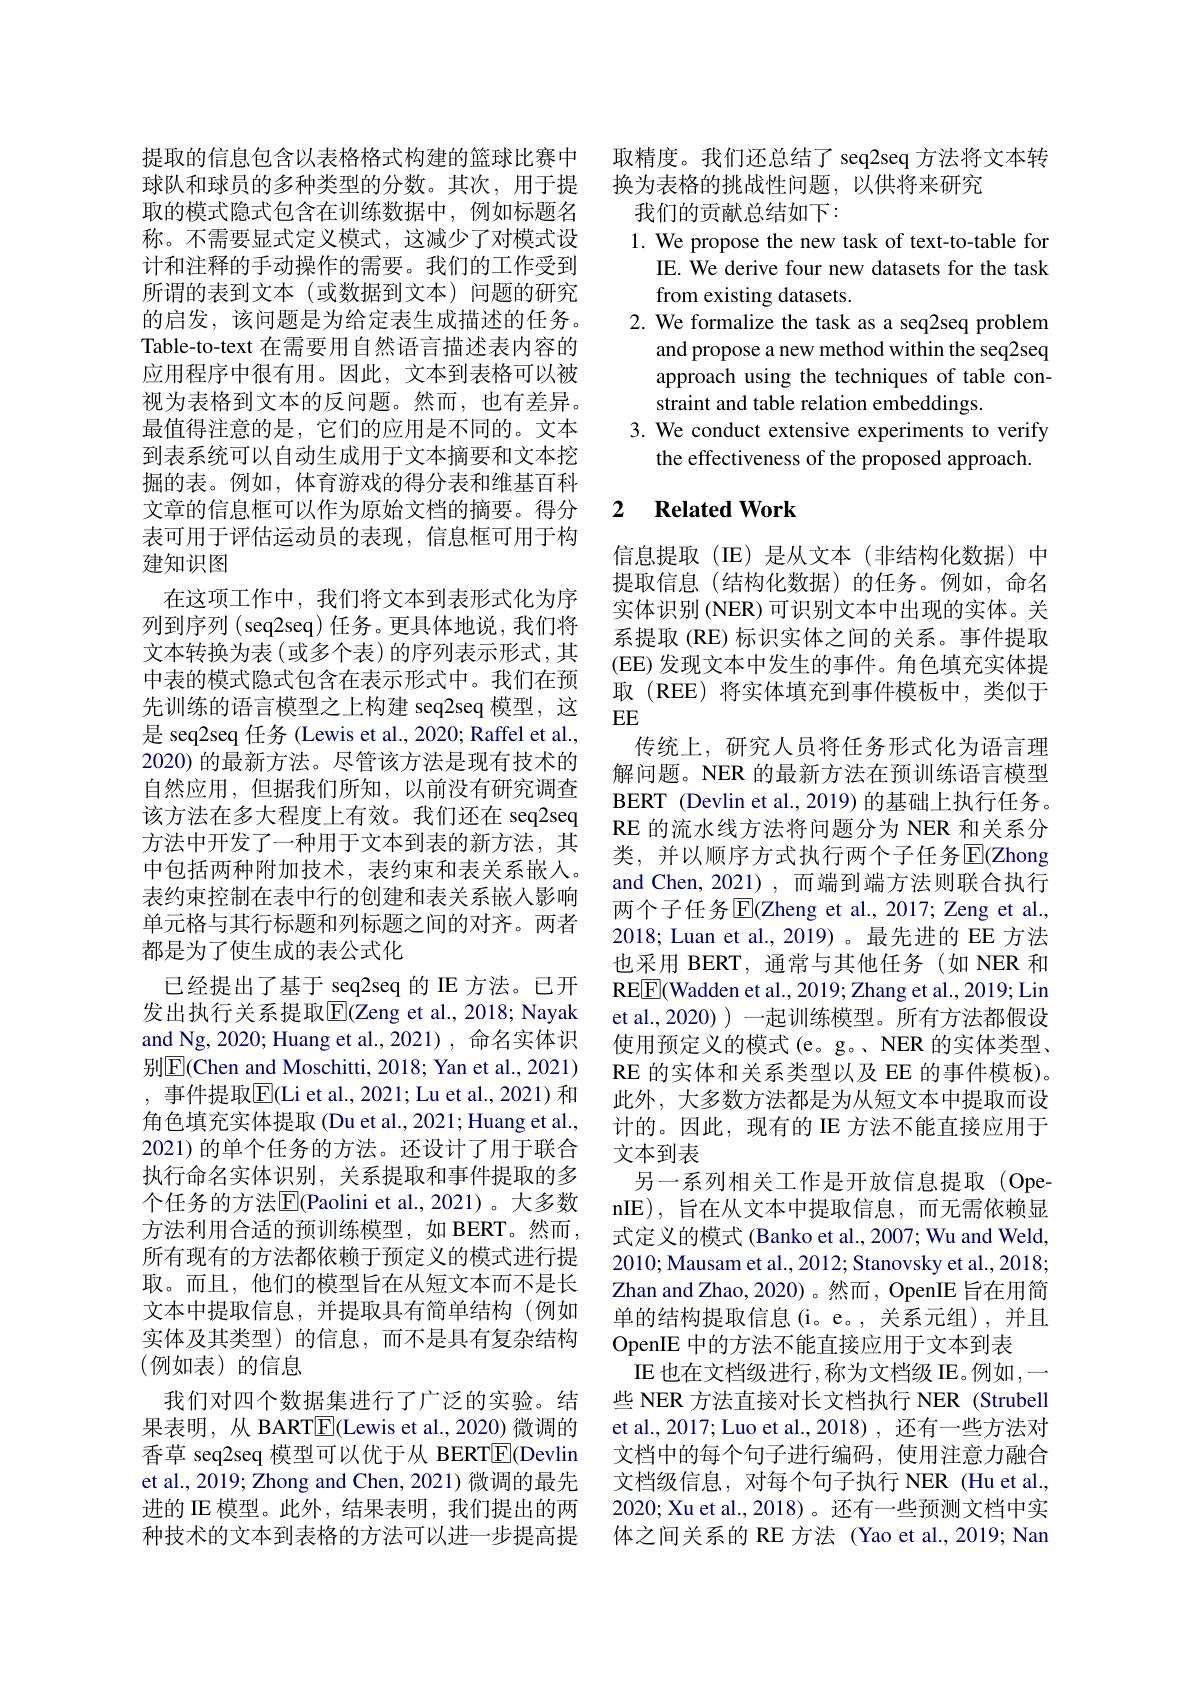
提取的信息包含以表格格式构建的篮球比赛中球队和球员的多种类型的分数。其次，用于提取的模式隐式包含在训练数据中，例如标题名称。不需要显式定义模式，这减少了对模式设计和注释的手动操作的需要。我们的工作受到所谓的表到文本(或数据到文本)问题的研究的启发，该问题是为给定表生成描述的任务。Table-to-text 在需要用自然语言描述表内容的应用程序中很有用。因此，文本到表格可以被视为表格到文本的反问题。然而，也有差异。最值得注意的是，它们的应用是不同的。文本到表系统可以自动生成用于文本摘要和文本挖掘的表。例如，体育游戏的得分表和维基百科文章的信息框可以作为原始文档的摘要。得分表可用于评估运动员的表现，信息框可用于构建知识图
在这项工作中，我们将文本到表形式化为序列到序列 (seq2seq) 任务。更具体地说，我们将文本转换为表 (或多个表) 的序列表示形式，其中表的模式隐式包含在表示形式中。我们在预先训练的语言模型之上构建 seq2seq 模型，这是 seq2seq 任务 (Lewis et al., 2020; Raffel et al., 2020) 的最新方法。尽管该方法是现有技术的自然应用，但据我们所知，以前没有研究调查该方法在多大程度上有效。我们还在 seq2seq 方法中开发了一种用于文本到表的新方法，其中包括两种附加技术，表约束和表关系嵌入。表约束控制在表中行的创建和表关系嵌入影响单元格与其行标题和列标题之间的对齐。两者都是为了使生成的表公式化
已经提出了基于 seq2seq 的 IE 方法。已开发出执行关系提取$\overline{\mathrm{E}}$(Zeng et al., 2018; Nayak and Ng, 2020; Huang et al., 2021) , 命名实体识别$\overline{\mathrm{E}}($Chen and Moschitti, 2018; Yan et al., 2021) , 事件提取$\overline{\mathrm{E}}($Li et al., 2021; Lu et al., 2021) 和角色填充实体提取 (Du et al., 2021; Huang et al., 2021)的单个任务的方法。还设计了用于联合执行命名实体识别，关系提取和事件提取的多个任务的方法$\overline{\mathbb{E}}($Paolini et al.,2021)。大多数方法利用合适的预训练模型，如 BERT。然而所有现有的方法都依赖于预定义的模式进行提取。而且，他们的模型旨在从短文本而不是长文本中提取信息，并提取具有简单结构(例如实体及其类型)的信息，而不是具有复杂结构(例如表)的信息
我们对四个数据集进行了广泛的实验。结果表明，从 BART$\boxed{\mathrm{E}}($Lewis et al.,2020)微调的香草 seq2seq 模型可以优于从 BERTE$( Devlin$ et al., 2019; Zhong and Chen, 2021) 微调的最先进的 IE 模型。此外，结果表明，我们提出的两种技术的文本到表格的方法可以进一步提高提

取精度。我们还总结了 seq2seq 方法将文本转
换为表格的挑战性问题，以供将来研究
我们的贡献总结如下：
1. We propose the new task of text-to-table for
IE. We derive four new datasets for the task
from existing datasets.
2. We formalize the task as a seq2seq problem
and propose a new method within the seq2seq approach using the techniques of table constraint and table relation embeddings.
3. We conduct extensive experiments to verify
the effectiveness of the proposed approach.

## 2 $\textbf{Related Work}$

信息提取(IE)是从文本(非结构化数据)中提取信息(结构化数据)的任务。例如，命名实体识别 (NER) 可识别文本中出现的实体。关系提取(RE) 标识实体之间的关系。事件提取(EE) 发现文本中发生的事件。角色填充实体提取(REE)将实体填充到事件模板中，类似于EE
传统上，研究人员将任务形式化为语言理解问题。NER 的最新方法在预训练语言模型BERT (Devlin et al., 2019) 的基础上执行任务。RE 的流水线方法将问题分为 NER 和关系分类，并以顺序方式执行两个子任务$\overline{\mathrm{E}}$(Zhong and Chen, 2021) , 而端到端方法则联合执行两个子任务$\mathbb{E}|$Zheng et al.,2017; Zeng et al., 2018; Luan et al., 2019) 。最先进的 EE 方法也采用 BERT, 通常与其他任务(如 NER 和RE$\boxed{\mathrm{F}}$(Wadden et al., 2019; Zhang et al., 2019; Lin et al., 2020) ) 一起训练模型。所有方法都假设使用预定义的模式 (e。g。、NER 的实体类型、 RE 的实体和关系类型以及 EE 的事件模板)。此外，大多数方法都是为从短文本中提取而设计的。因此，现有的 IE 方法不能直接应用于文本到表
另一系列相关工作是开放信息提取(OpenIE),旨在从文本中提取信息，而无需依赖显式定义的模式 (Banko et al., 2007; Wu and Weld, 2010; Mausam et al., 2012; Stanovsky et al., 2018; Zhan and Zhao, 2020)。然而，OpenIE 旨在用简单的结构提取信息(i。e。,关系元组),并且OpenIE 中的方法不能直接应用于文本到表
IE 也在文档级进行 ,称为文档级 IE。例如 ,一些 NER 方法直接对长文档执行 NER (Strubell et al., 2017; Luo et al., 2018) , 还有一些方法对文档中的每个句子进行编码，使用注意力融合文档级信息，对每个句子执行 NER (Hu et al., 2020; Xu et al., 2018)。还有一些预测文档中实体之间关系的 RE 方法 (Yao et al., 2019; Nan